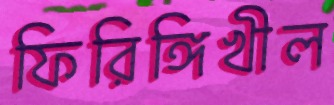
ফিরিঙ্গিখীল